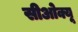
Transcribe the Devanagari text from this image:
सीओक्यू